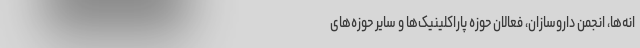
انه‌ها، انجمن داروسازان، فعالان حوزه پاراکلینیک‌ها و سایر حوزه‌های